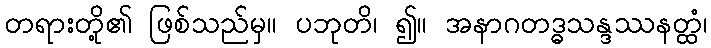
တရားတို့၏ ဖြစ်သည်မှ။ ပဘုတိ၊ ၍။ အနာဂတဒ္ဓသန္ဒဿနတ္ထံ၊